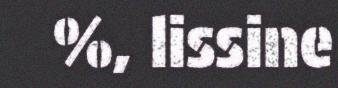
%, lissine